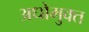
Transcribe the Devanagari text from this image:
अधोमुक्त